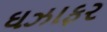
ઘઝાફર